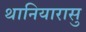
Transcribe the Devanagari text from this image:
थानियारासु